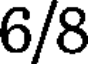
6/8